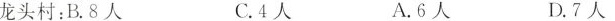
龙头村：B.8人 C.4人 A.6人 D.7人